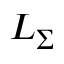
L _ { \Sigma }